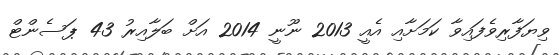
ވިޔަފާރިވެފައިވާ ކަމަށާއި އެއީ 2013 ނޫނީ 2014 އަށް ބަލާއިރު 43 ޕަސެންޓް